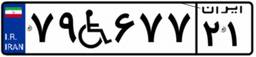
۲۶W۶۱۳۵۵